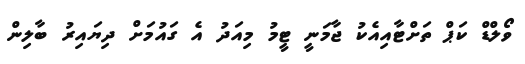
ވޯލްޑް ކަޕް ތަށްޓާއިއެކު ޖާމަނީ ޓީމު މިއަދު އެ ގައުމަށް ދިޔައިރު ބާލިން